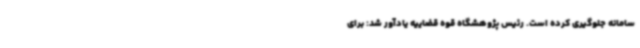
سامانه جلوگیری کرده است. رئیس پژوهشگاه قوه قضاییه یادآور شد: برای